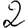
Digit: 2